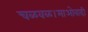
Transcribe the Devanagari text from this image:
चळवळ।माओवादी